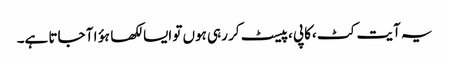
یہ آیت کٹ ،کاپی ،پیسٹ کر رہی ہوں تو ایسا لکھا ہؤا آ جاتا ہے۔